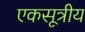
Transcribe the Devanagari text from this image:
एकसूत्रीय